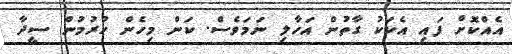
އެއްކޮށް ފައި އެކަކު ގާތުން އަހާލި ނަމަވެސް. ކަން މިހެން ހުރުމުން ސީދާ